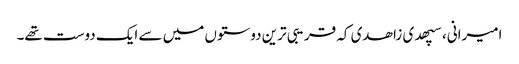
امیرانی، سپھدی زاھدی کہ قریبی ترین دوستوں میں سے ایک دوست تھے۔